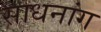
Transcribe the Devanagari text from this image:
साधनांग